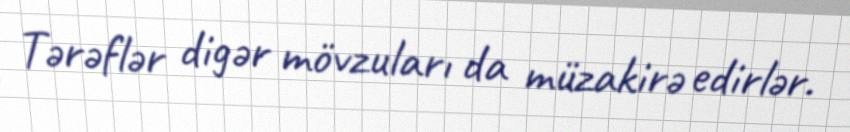
Tərəflər digər mövzuları da müzakirə edirlər.